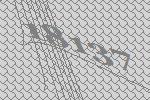
18137